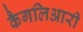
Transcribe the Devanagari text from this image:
कैगलिआरी